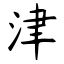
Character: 津